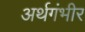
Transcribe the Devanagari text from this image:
अर्थगंभीर